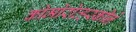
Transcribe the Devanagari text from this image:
कोमोरोव्हस्कीने